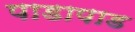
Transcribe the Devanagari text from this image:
पाडापाड